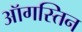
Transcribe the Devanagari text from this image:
ऑगस्तिन